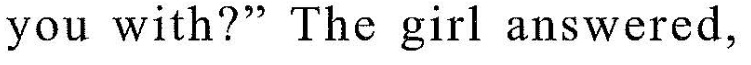
you with?"The girl answered,